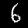
Label: 6